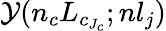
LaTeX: \mathcal{Y}(n_{c}L_{c_{J_{c}}};nl_{j})